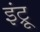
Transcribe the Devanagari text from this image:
इंट्रू